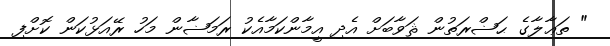
" ތަޢާލާގެ ޙަޟްރަތުން ޘަވާބަށް އެދި އީމާންކަމާއެކު ރަމަޟާން މަހު ރޭއަޅުކަން ކޮށްފި